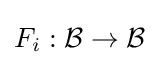
F_{i}:{\mathcal {B}}\to {\mathcal {B}}